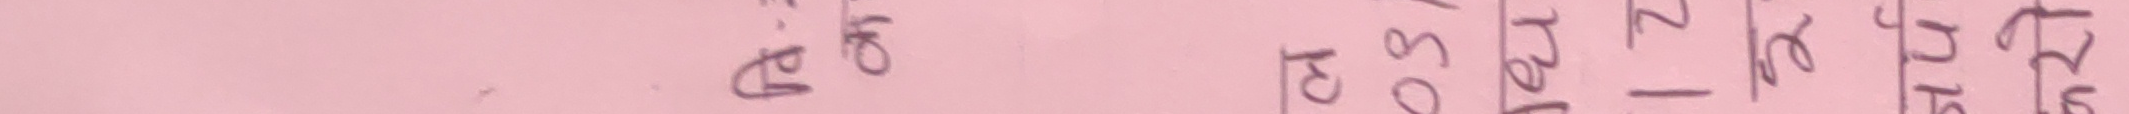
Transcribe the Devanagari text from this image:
म २०६० १०० किग्रा परु